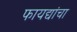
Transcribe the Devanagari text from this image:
फायद्यांचा